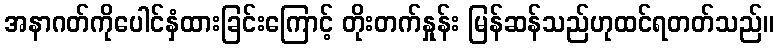
အနာဂတ်ကိုပေါင်နှံထားခြင်းကြောင့် တိုးတက်နှုန်း မြန်ဆန်သည်ဟုထင်ရတတ်သည်။